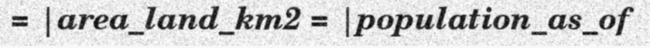
= |area_land_km2 = |population_as_of